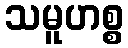
သမူဟစ္စ